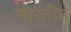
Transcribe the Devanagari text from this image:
मारतीन